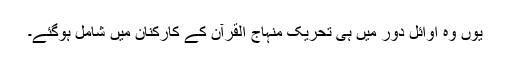
یوں وہ اَوائل دور میں ہی تحریک منہاج القرآن کے کارکنان میں شامل ہوگئے۔